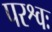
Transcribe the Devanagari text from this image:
परश्वः